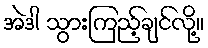
အဲဒါ သွားကြည့်ချင်လို့။